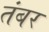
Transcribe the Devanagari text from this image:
तंबर